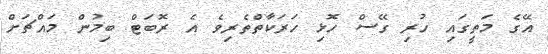
އޭގެ މަތީގައި ހުރި ގޭސް ހޮޅި ހަރަކާތްތެރިވެ އެ ރޮބަޓް ބިމުން މައްޗަށް